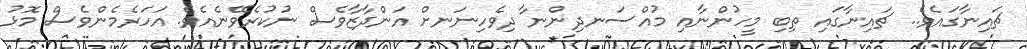
ޗައިނާގައެވެ.. ޗައިނާގައި ތިބި މީހުންނާއި މުއްސަނދިންނާ ދިވެހިނަނށް އަންދާޒާވެސް ނުކުރެވޭނެއެވެ. އަހަރެމެންވެސް މޮޅު